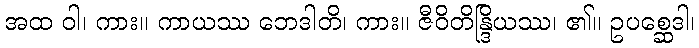
အထ ဝါ၊ ကား။ ကာယဿ ဘေဒါတိ၊ ကား။ ဇီဝိတိန္ဒြိယဿ၊ ၏။ ဥပစ္ဆေဒါ၊